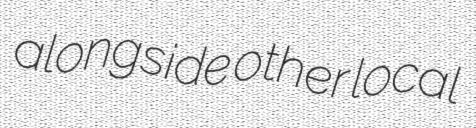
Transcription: alongside other local